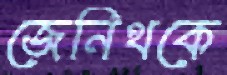
জেনিথকে